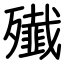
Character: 殱